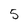
Character: 5